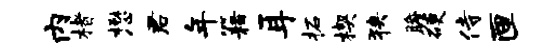
内楮懋君年籍耳柘楔狭瞻硬侍匣